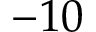
- 1 0